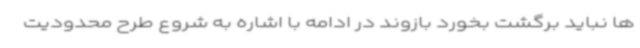
ها نباید برگشت بخورد بازوند در ادامه با اشاره به شروع طرح محدودیت